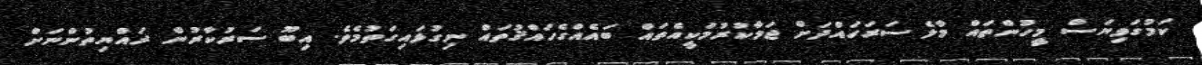
ކަމުގަވިޔަސް މީހުންތައް މާލެ ސަރަހައްދަށް ޖަމާކުރުމަކީއެތައް ބައެއްގެހައްޤުތައް ނިގުޅައިގަތުމެވެ. އިބޫ ސަރުކާރުން ރައްޔިތުންނަށް